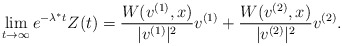
\begin{align*}\lim_{t\to\infty}e^{-\lambda^*t}Z(t)=\frac{W(v^{(1)},x)}{|v^{(1)}|^2}v^{(1)}+\frac{W(v^{(2)},x)}{|v^{(2)}|^2}v^{(2)}.\end{align*}